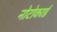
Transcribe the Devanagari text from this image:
नोटोकार्ड